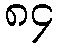
၈၄